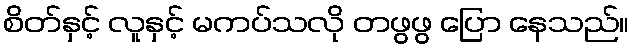
စိတ်နှင့် လူနှင့် မကပ်သလို တဖွဖွ ပြော နေသည်။